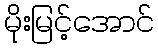
မိုးမြင့်အောင်